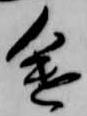
途